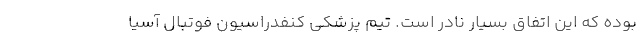
بوده که این اتفاق بسیار نادر است. تیم پزشکی کنفدراسیون فوتبال آسیا